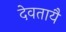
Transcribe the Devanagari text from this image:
देवतायै